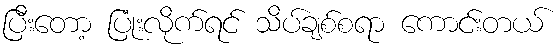
ပြီးတော့ ပြုံးလိုက်ရင် သိပ်ချစ်စရာ ကောင်းတယ်